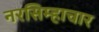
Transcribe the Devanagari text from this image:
नरसिम्हाचार